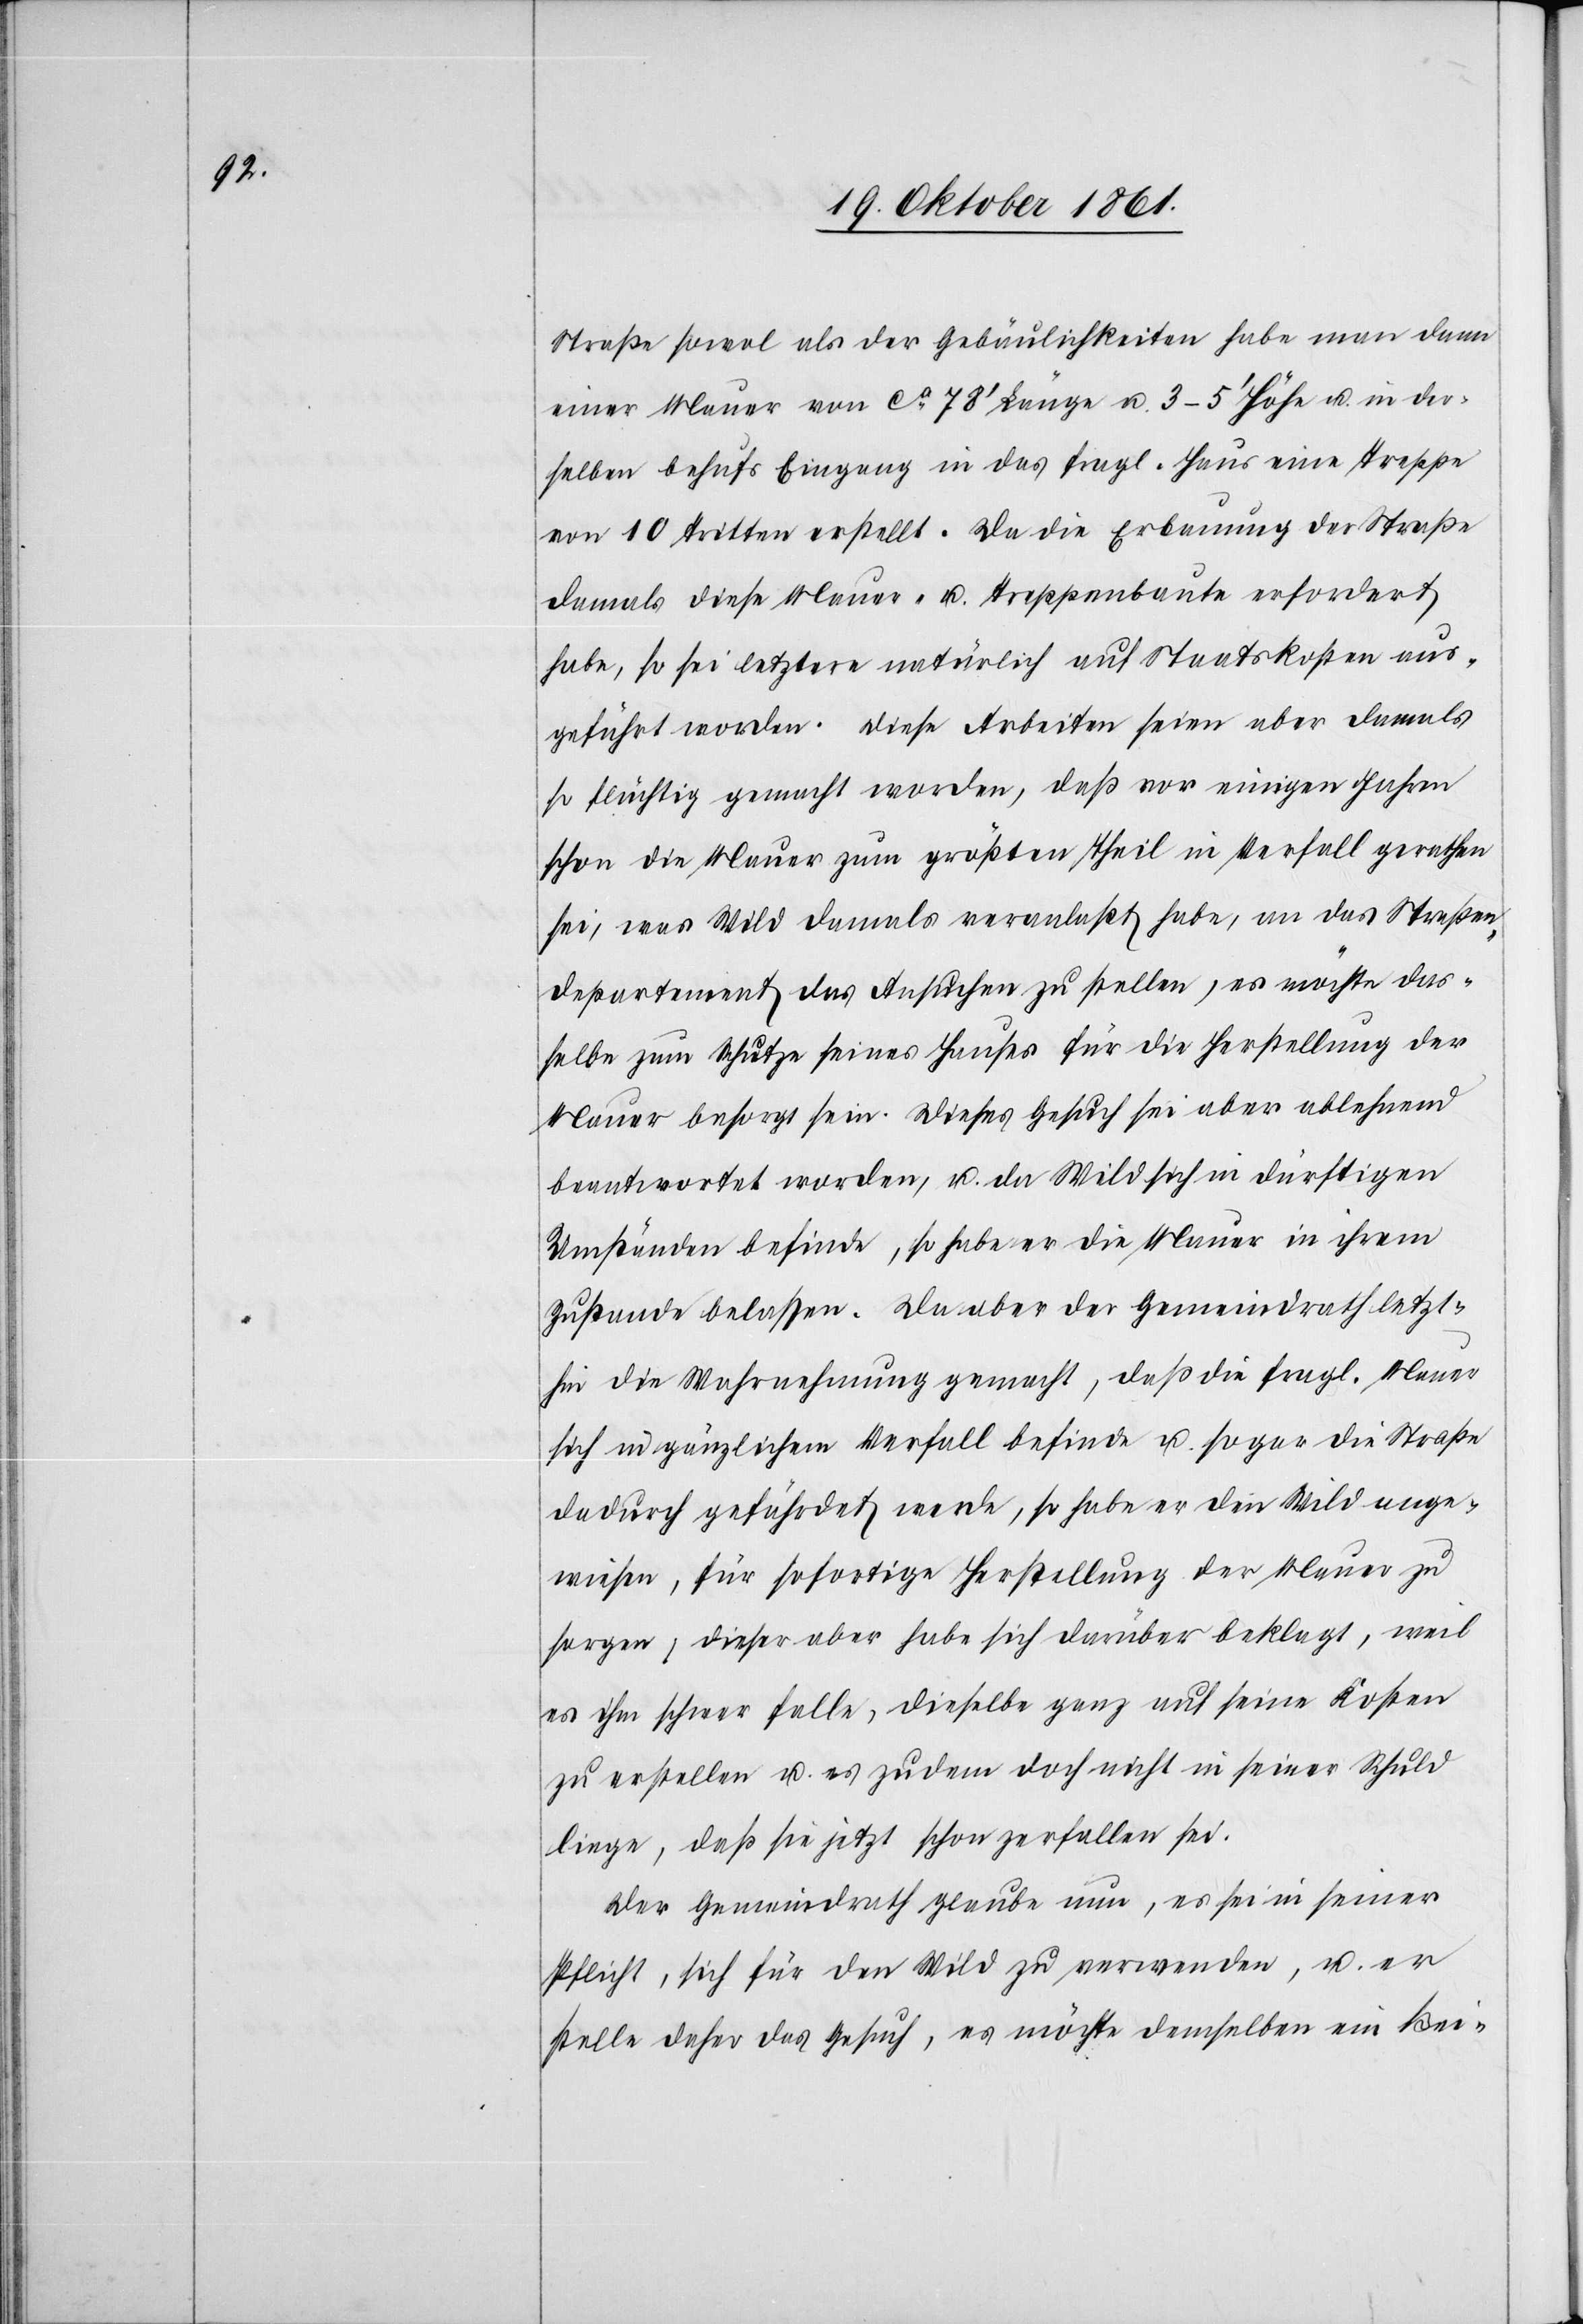
Straße sowol als der Gebäulichkeiten habe man dann
eine Mauer von ca 78’ Länge u. 3–5’ Höhe u. in der¬
selben behufs Eingang in das fragl. Haus eine Treppe
von 10 Tritten erstellt. Da die Erbauung der Straße
damals diese Mauer- u. Treppenbaute erfordert
habe, so sei letztere natürlich auf Staatskosten aus¬
geführt worden. Diese Arbeiten seien aber damals
so flüchtig gemacht worden, daß vor einigen Jahren
schon die Mauer zum größten Theil in Verfall gerathen
sei, was Wild damals veranlaßt habe, an das Straßen¬
departement das Ansuchen zu stellen, es möchte das¬
selbe zum Schutze seines Hauses für die Herstellung der
Mauer besorgt sein. Dieses Gesuch sei aber ablehnend
beantwortet worden, u. da Wild sich in dürftigen
Umständen befinde, so habe er die Mauer in ihrem
Zustande belaßen. Da aber der Gemeindrath letzt¬
hin die Wahrnehmung gemacht, daß die fragl. Mauer
sich in gänzlichem Verfall befinde u. sogar die Straße
dadurch gefährdet werde, so habe er den Wild ange¬
wiesen, für sofortige Herstellung der Mauer zu
sorgen, dieser aber habe sich darüber beklagt, weil
es ihm schwer falle, dieselbe ganz auf seine Kosten
zu erstellen u. es zudem doch nicht in seiner Schuld
liege, daß sie jetzt schon zerfallen sei.
Der Gemeindrath glaube nun, es sei in seiner
Pflicht, sich für den Wild zu verwenden, u. er
stelle daher das Gesuch, es möchte demselben ein Bei-